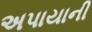
અપાયાની